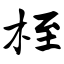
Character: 桎